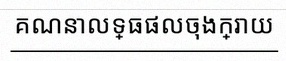
គណនាលទ្ធផលចុងក្រោយ